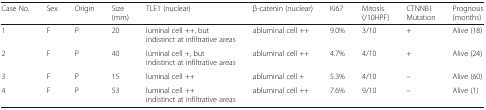
<table><thead><tr><td><b>Case No.</b></td><td><b>Sex</b></td><td><b>Origin</b></td><td><b>Size (mm)</b></td><td><b>TLE1 (nuclear)</b></td><td><b>β-catenin (nuclear)</b></td><td><b>Ki67</b></td><td><b>Mitosis (/10HPF)</b></td><td><b>CTNNB1 Mutation</b></td><td><b>Prognosis (months)</b></td></tr></thead><tbody><tr><td>1</td><td>F</td><td>P</td><td>20</td><td>luminal cell ++, but indistinct at infiltrative areas</td><td>abluminal cell ++</td><td>9.0%</td><td>3/10</td><td>+</td><td>Alive (18)</td></tr><tr><td>2</td><td>F</td><td>P</td><td>40</td><td>luminal cell +, but indistinct at infiltrative areas</td><td>abluminal cell ++</td><td>4.7%</td><td>4/10</td><td>+</td><td>Alive (24)</td></tr><tr><td>3</td><td>F</td><td>P</td><td>15</td><td>luminal cell ++</td><td>abluminal cell +</td><td>5.3%</td><td>4/10</td><td>–</td><td>Alive (60)</td></tr><tr><td>4</td><td>F</td><td>P</td><td>53</td><td>luminal cell ++ indistinct at infiltrative areas</td><td>abluminal cell ++</td><td>7.6%</td><td>9/10</td><td>–</td><td>Alive (1)</td></tr></tbody></table>